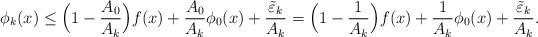
LaTeX: \begin{align*}\phi_k(x) &\leq \Big(1 -\frac{A_0}{A_k}\Big) f(x) + \frac{A_0}{A_k} \phi_0(x) + \frac{\tilde \varepsilon_{k}}{A_k}=\Big(1 - \frac{1}{A_k}\Big)f(x) + \frac{1}{A_k}\phi_0(x)+ \frac{\tilde \varepsilon_{k}}{A_k}.\end{align*}